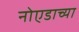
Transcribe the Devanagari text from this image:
नोएडाच्या